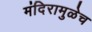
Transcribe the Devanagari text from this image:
मंदिरामुळेच